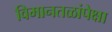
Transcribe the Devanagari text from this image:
विमानतळांपेक्षा